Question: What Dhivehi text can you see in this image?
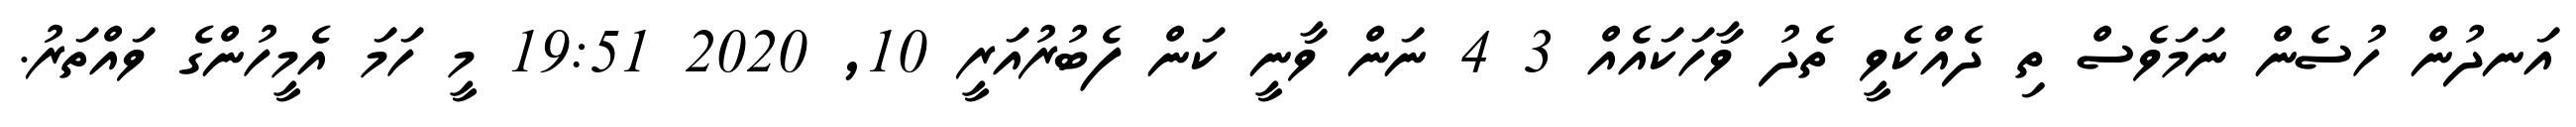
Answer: އަނދުން ހުސެން ނަމަވެސް ތި ދެއްކެވީ ތެދު ވާހަކައެއް 3 4 ނަން ވާނީ ކަން ފެބުރުއަރީ 10, 2020 19:51 މީ ހަމަ އެމީހުންގެ ވައްތަރު.